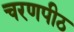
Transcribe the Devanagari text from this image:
चरणपीठ